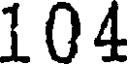
104